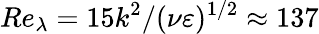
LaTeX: Re_{\lambda}=15k^{2}/(\nu\varepsilon)^{1/2}\approx 137